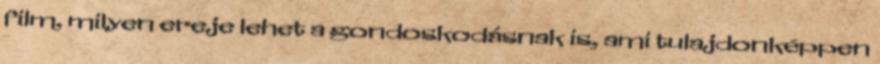
film, milyen ereje lehet a gondoskodásnak is, ami tulajdonképpen